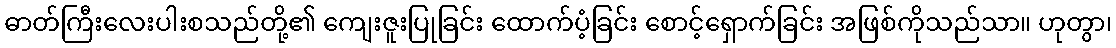
ဓာတ်ကြီးလေးပါးစသည်တို့၏ ကျေးဇူးပြုခြင်း ထောက်ပံ့ခြင်း စောင့်ရှောက်ခြင်း အဖြစ်ကိုသည်သာ။ ဟုတွာ၊